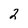
Character: 2